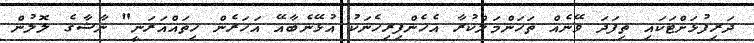
ދަރިފުޅަށްޓަކައި ތިފަދަ ވޭނެއް ތަހަންމަލްކުރާ އެހެންފިރިހެނަކު އުޅޭނެބާއޭ އަހަރެން ހިތައްއަރަނީ" ނާޝާގެ ލޮލުން